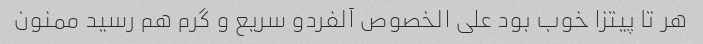
هر تا پیتزا خوب بود علی الخصوص آلفردو سریع و گرم هم رسید ممنون